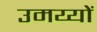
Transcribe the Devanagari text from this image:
उमय्यों